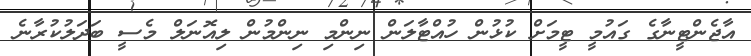
އާޖެންޓީނާގެ ގައުމީ ޓީމަށް ކުޅުން ހުއްޓާލަން ނިންމި ނިންމުން ލިއޮނަލް މެސީ ބަދަލުކުރާނެ